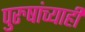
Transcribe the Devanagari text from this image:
पुरुषांच्याही